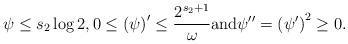
LaTeX: \begin{align*}\psi\leq s_2\log 2, 0\leq \left(\psi\right)'\leq \frac{2^{s_2+1}}{\omega} \mbox{and} \psi''=\left(\psi'\right)^2\geq 0.\end{align*}